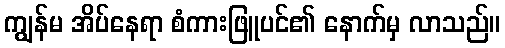
ကျွန်မ အိပ်နေရာ စံကားဖြူပင်၏ နောက်မှ လာသည်။